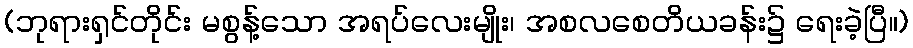
(ဘုရားရှင်တိုင်း မစွန့်သော အရပ်လေးမျိုး၊ အစလစေတိယခန်း၌ ရေးခဲ့ပြီ။)